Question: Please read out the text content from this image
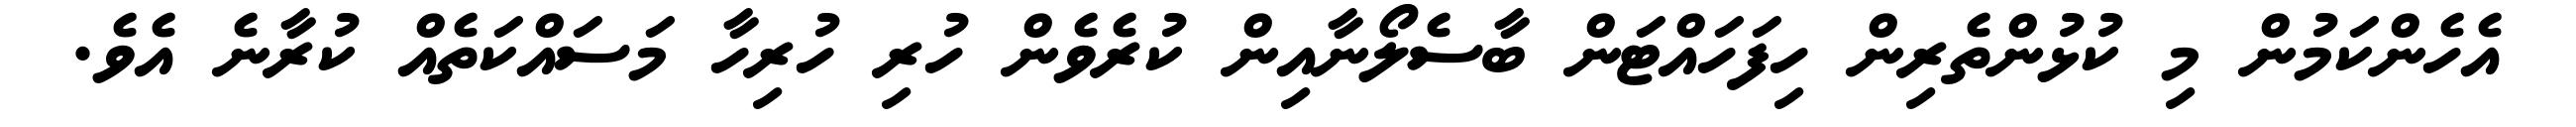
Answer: އެހެންކަމުން މި ކުޅުންތެރިން ހިފަހައްޓަން ބާސެލޯނާއިން ކުރެވެން ހުރި ހުރިހާ މަސައްކަތެއް ކުރާނެ އެވެ.